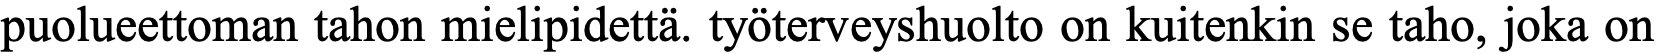
puolueettoman tahon mielipidettä. työterveyshuolto on kuitenkin se taho, joka on